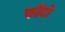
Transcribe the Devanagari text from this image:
फोंदो